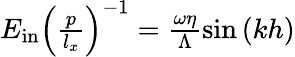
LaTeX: \begin{array}{r}{E_{\mathrm{in}}\left(\frac{p}{l_{x}}\right)^{-1}=\frac{\omega\eta}{\Lambda}\sin\left(kh\right)}\end{array}